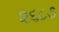
૨૬૮૭